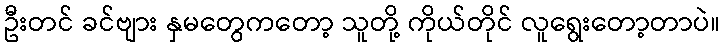
ဦးတင် ခင်ဗျား နှမတွေကတော့ သူတို့ ကိုယ်တိုင် လူရွေးတော့တာပဲ။